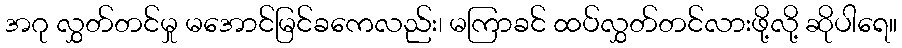
အဂု လွှတ်တင်မှု မအောင်မြင်ခကေလည်း၊ မကြာခင် ထပ်လွှတ်တင်လားဖို့လို့ ဆိုပါရေ။